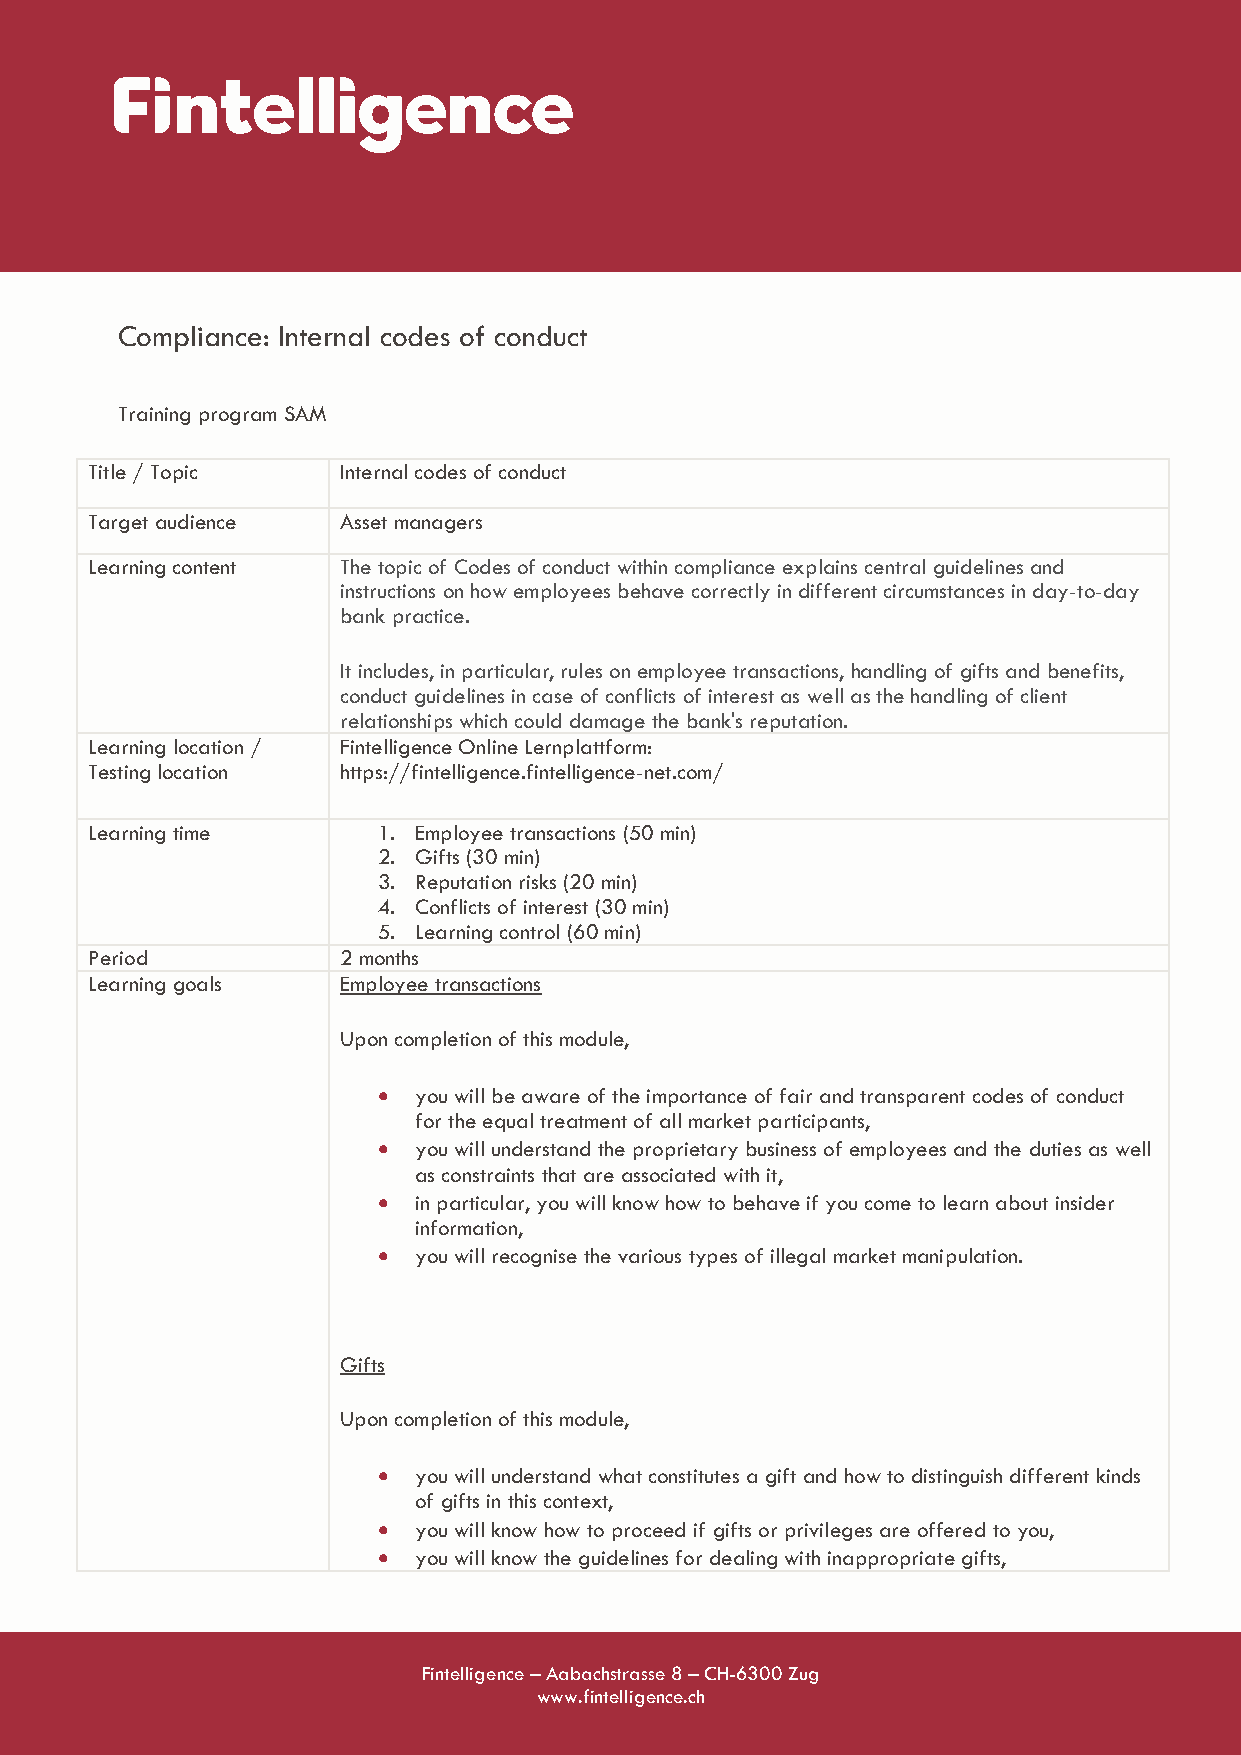
Compliance: Internal codes of conduct
 Training program SAM
 Title / Topic   Internal codes of conduct
 Target audience Asset managers
 Learning content The topic of Codes of conduct within compliance explains central guidelines and
 instructions on how employees behave correctly in different circumstances in day-to-day
 bank practice.
 It includes, in particular, rules on employee transactions, handling of gifts and benefits,
 conduct guidelines in case of conflicts of interest as well as the handling of client
 relationships which could damage the bank's reputation.
 Learning location / Fintelligence Online Lernplattform:
 Testing location https://fintelligence.fintelligence-net.com/
 Learning time      1. Employee transactions (50 min)
 2. Gifts (30 min)
 3. Reputation risks (20 min)
 4. Conflicts of interest (30 min)
 5. Learning control (60 min)
 Period          2 months
 Learning goals  Employee transactions
 Upon completion of this module,
 • you will be aware of the importance of fair and transparent codes of conduct
 for the equal treatment of all market participants,
 • you will understand the proprietary business of employees and the duties as well
 as constraints that are associated with it,
 • in particular, you will know how to behave if you come to learn about insider
 information,
 • you will recognise the various types of illegal market manipulation.
 Gifts
 Upon completion of this module,
 • you will understand what constitutes a gift and how to distinguish different kinds
 of gifts in this context,
 • you will know how to proceed if gifts or privileges are offered to you,
 • you will know the guidelines for dealing with inappropriate gifts,
 Fintelligence – Aabachstrasse 8 – CH-6300 Zug
 www.fintelligence.ch